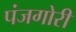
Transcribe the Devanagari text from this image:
पंजगोरी